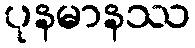
ပုနမာနဿ